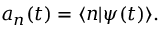
a _ { n } ( t ) = \langle n | \psi ( t ) \rangle .